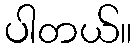
ပါတယ်။